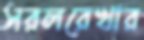
সরলরেখার